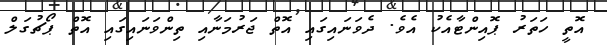
އޮތީ ހަތަރު ޕޮއިންޓާއެކު އެވެ. ދެވަނައިގައި އޮތް ޖަރުމަނާއި ތިންވަނައިގައި އޮތް ޕޯޗުގަލް